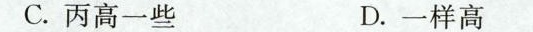
C.丙高一些 D.一样高